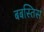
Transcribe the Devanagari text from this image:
बबस्तिस